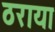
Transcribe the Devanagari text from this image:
ठराया